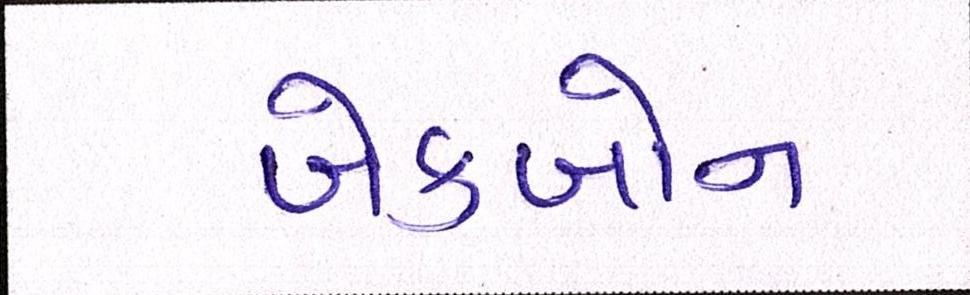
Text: બેકબોન